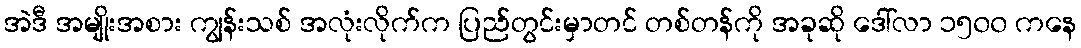
အဲဒီ အမျိုးအစား ကျွန်းသစ် အလုံးလိုက်က ပြည်တွင်းမှာတင် တစ်တန်ကို အခုဆို ဒေါ်လာ ၁၅၀၀ ကနေ